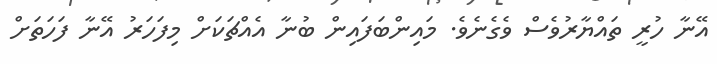
އޭނާ ހުރީ ތައްޔާރުވެސް ވެގެނެވެ. މައިންބަފައިން ބުނާ އެއްޗަކަށް މިފަހަރު އޭނާ ފަހަތަށް